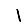
Digit: 1